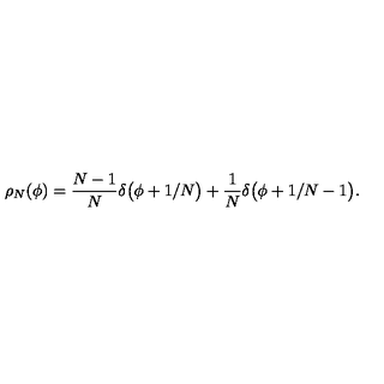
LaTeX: \rho _ { N } ( \phi ) = { \frac { N - 1 } { N } } \delta \bigl ( \phi + 1 / N \bigr ) + { \frac { 1 } { N } } \delta \bigl ( \phi + 1 / N - 1 \bigr ) .